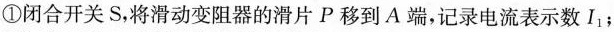
①闭合开关S，将滑动变阻器的滑片P移到A端，记录电流表示数I_{1}；